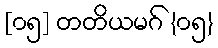
[၀၅] တတိယမဂ် {၀၅}